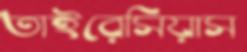
তাইরেসিয়াস